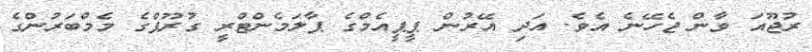
ރުޖޫއަ ވާން ޖެހޭނެ އެވެ. އަދި އޭރުން ޕީޕީއެމްގެ ޕާލަމެންޓްރީ ގުރޫޕްގެ މެމްބަރުންގެ